Papers set at the Examination for Leaving Certificates, 1891
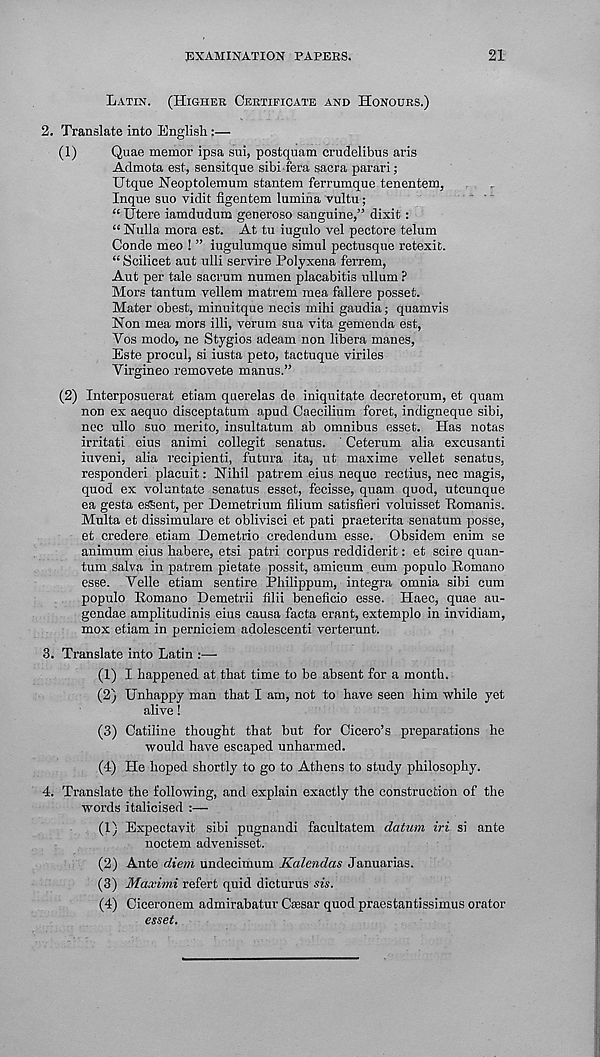
EXAMINATION PAPEBS.
21
LATIN.
(HIGHER CERTIFICATE AND HONODRS.)
2. Translate into English :—
(1)
Quae memor ipsa sui, postquam crudelibus aris
Admota est, sensitque sibi fera sacra parari;
Utque Neoptolemum stantem ferrumque tenentera,
Inque suo vidit figentem lamina vultu;
“ Utere iamdudum generoso sanguine,” dixit:
“Nulla mora est. At tu iugulo vel pectore telum
Conde meo ! ” iugulumque simul pectusque retexit.
“ Scilicet aut ulli servire Polyxena ferrem,
Aut per tale sacrum numen placabitis ullum ?
Mors tantum vellem matrem mea fallere posset.
Mater obest, minuitque necis mihi gaudia; quamvis
Non mea mors illi, verum sua vita gemenda est,
Yos modo, ne Stygios adeam non libera manes,
Este procul, si iusta peto, tactuque viriles
Virgineo removete manus.”
(2) Interposuerat etiam querelas de iniquitate decretorum, et quam
non ex aequo disceptatum apud Caecilium foret, indigneque sibi,
nec ullo suo merito, insultatum ab omnibus esset. Has notas
irritati eius animi collegit senatus. ' Ceterum alia excusanti
iuveni, alia recipienti, futura ita, ut maxime vellet senatus,
responderi placuit: Nihil patrem eius neque rectius, nec magis,
quod ex voluntate senatus esset, fecisse, quam quod, utcunque
ea gesta eSSent, per Demetrium filium satisfieri voluisset Ttomanis.
Multa et dissimulare et oblivisci et pati praeterita senatum posse,
et credere etiam Demetrio credendum esse. Obsidem enim se
animum eius habere, etsi patri corpus reddiderit: et scire quan-
tum salva in patrem pietate possit, amicum eum populo Romano
esse. Yelle etiam sentire Philippum, integra omnia sibi cum
populo Romano Demetrii filii beneficio esse. Haec, quae au-
gendae amplitudinis eius causa facta erant, extemplo in invidiam,
mox etiam in perniciem adolescenti verterunt.
3. Translate into Latin :—
(1) I happened at that time to he absent for a month.
(2) Unhappy man that I am, not to have seen him while yet
alive!
(3) Catiline thought that but for Cicero’s preparations he
would have escaped unharmed.
(4) He hoped shortly to go to Athens to study philosophy.
4. Translate the following, and explain exactly the construction of the
words italicised :—
(1) Expectavit sibi pugnaudi facultatem datum iri si ante
noctem advenisset.
(2) Ante diem undecimum Kalendas Januarias.
(3) Maximi refert quid dicturus sis.
(4) Ciceronem admirabatur Cassar quod praestantissimus orator
esset.